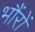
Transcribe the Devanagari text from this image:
भौंरों